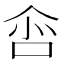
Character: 𠲒